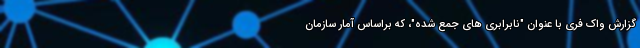
گزارش واک فری با عنوان "نابرابری های جمع شده"، که براساس آمار سازمان